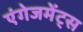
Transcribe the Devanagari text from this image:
एंगेजमेंट्स